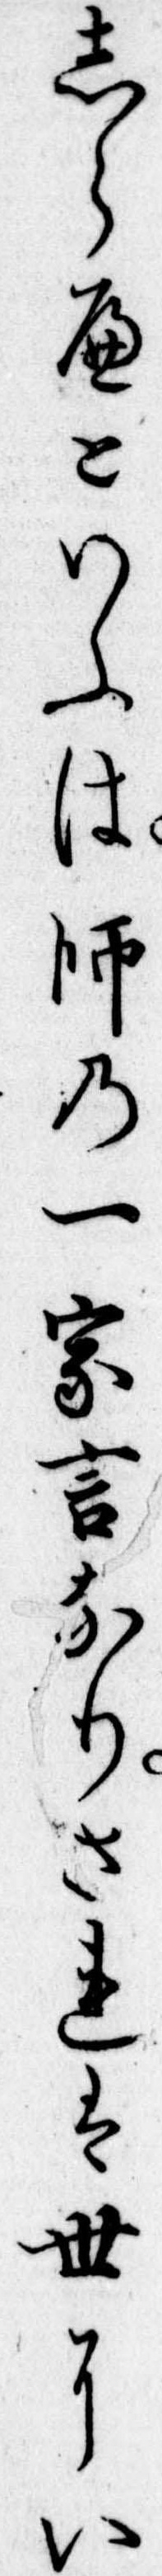
しらへといふは師の一家言なりされは世にい